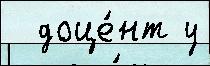
  доце́нт у